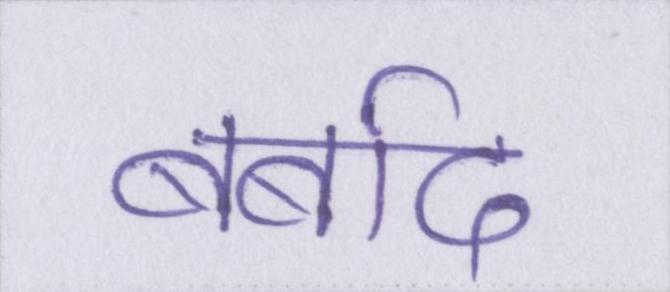
बर्बाद